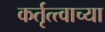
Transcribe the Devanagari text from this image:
कर्तृत्त्वाच्या